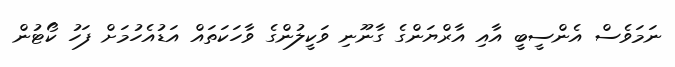
ނަމަވެސް އެންސީބީ އާއި އާރްޔަންގެ ގާނޫނި ވަކީލުންގެ ވާހަކަތައް އަޑުއެހުމަށް ފަހު ކޯޓުން